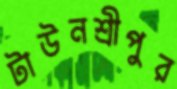
টাউনশ্রীপুর